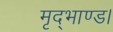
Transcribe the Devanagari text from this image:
मृद्भाण्ड।